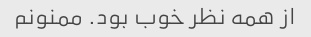
از همه نظر خوب بود. ممنونم